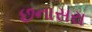
છનાસરા